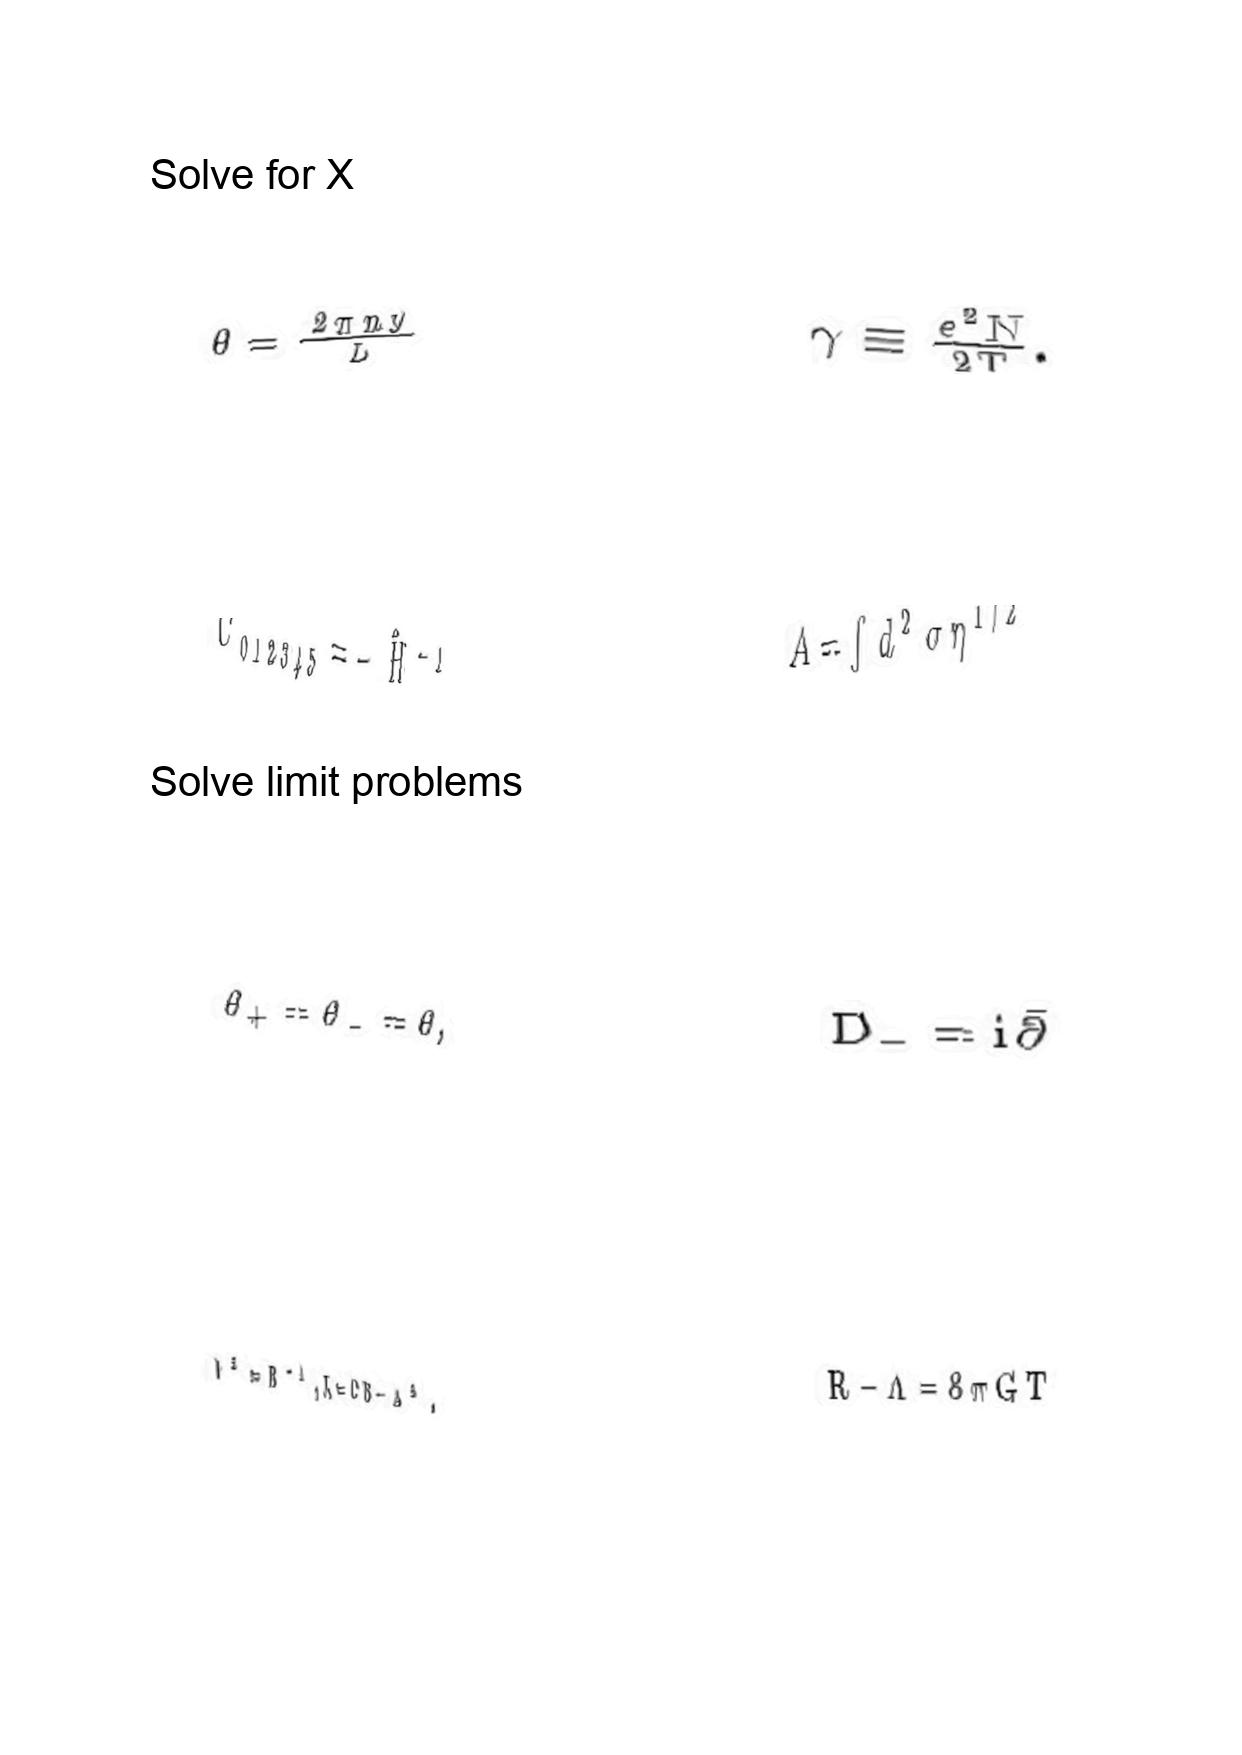
LaTeX transcription:
\theta = \frac { 2 \pi n y } { L }
C _ { 0 1 2 3 4 5 } = - \hat { H } ^ { - 1 }
\theta _ { + } = \theta _ { - } = \theta ,
\Phi ^ { 2 } = B ^ { - 1 } , K = C B - A ^ { 2 } .
\gamma \equiv \frac { e ^ { 2 } N } { 2 T } .
A = \int d ^ { 2 } \sigma \eta ^ { 1 / 2 }
D _ { - } = i \bar { \partial }
R - \Lambda = 8 \pi G T